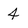
Character: 4